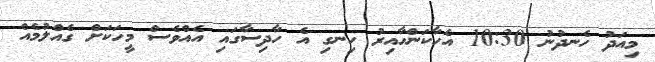
މިއަދު ހެނދުނު 10:30 އެހާކަންހާއިރު ހިނގި އެ ހާދިސާގައި އެއްވެސް މީހަކަށް ގެއްލުމެއް